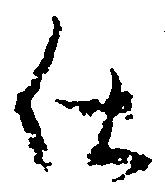
仕